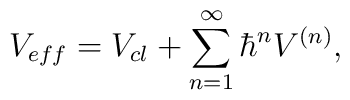
V_{eff}=V_{cl}+\sum_{n=1}^{\infty }{\hbar }^{n}V^{(n)},